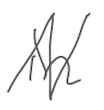
Text: in
Cross-out: zig-zag
Writing tool: digital_gray